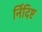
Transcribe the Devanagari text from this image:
र्निदिष्ट